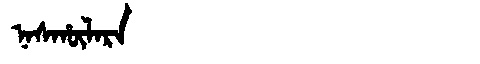
Manchu: ᠨᠠᠰᡥᡡᠯᠠᡵᠠ
Romanization: NASHŪLARA